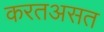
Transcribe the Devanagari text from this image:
करतअसत